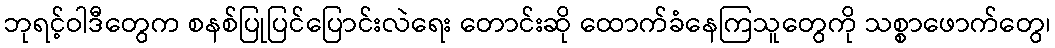
ဘုရင့်ဝါဒီတွေက စနစ်ပြုပြင်ပြောင်းလဲရေး တောင်းဆို ထောက်ခံနေကြသူတွေကို သစ္စာဖောက်တွေ၊